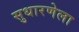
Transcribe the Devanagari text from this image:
सुधारणेला